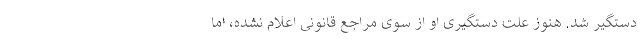
دستگیر شد. هنوز علت دستگیری او از سوی مراجع قانونی اعلام نشده، اما